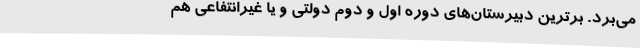
می‌برد. برترین دبیرستان‌های دوره اول و دوم دولتی و یا غیرانتفاعی هم